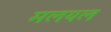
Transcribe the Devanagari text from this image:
मलयल